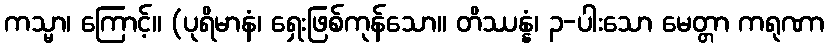
ကသ္မာ၊ ကြောင့်။ (ပုရိမာနံ၊ ရှေးဖြစ်ကုန်သော။ တိဿန္နံ၊ ၃-ပါးသော မေတ္တာ ကရုဏာ